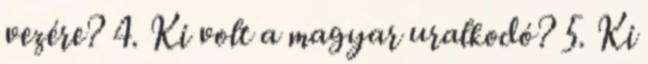
vezére? 4. Ki volt a magyar uralkodó? 5. Ki